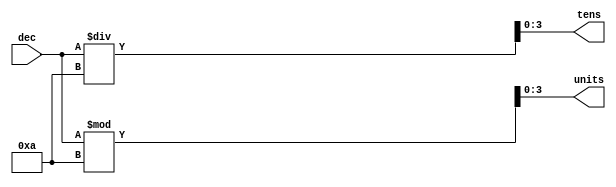
/*
 * Split a 2-digit decimal number into digits.
 */

module decimal_splitter(
    input [6:0] dec,
    output reg [3:0] tens, units
    );

always @ * begin
    tens = dec / 10;
    units = dec % 10;
end

endmodule